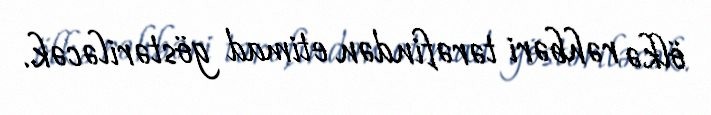
ölkə rəhbəri tərəfindən etimad göstəriləcək.